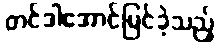
တင်ဒါအောင်မြင်ခဲ့သည့်